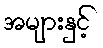
အများနှင့်